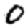
Digit: 0